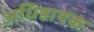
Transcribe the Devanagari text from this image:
अधिष्ठायक